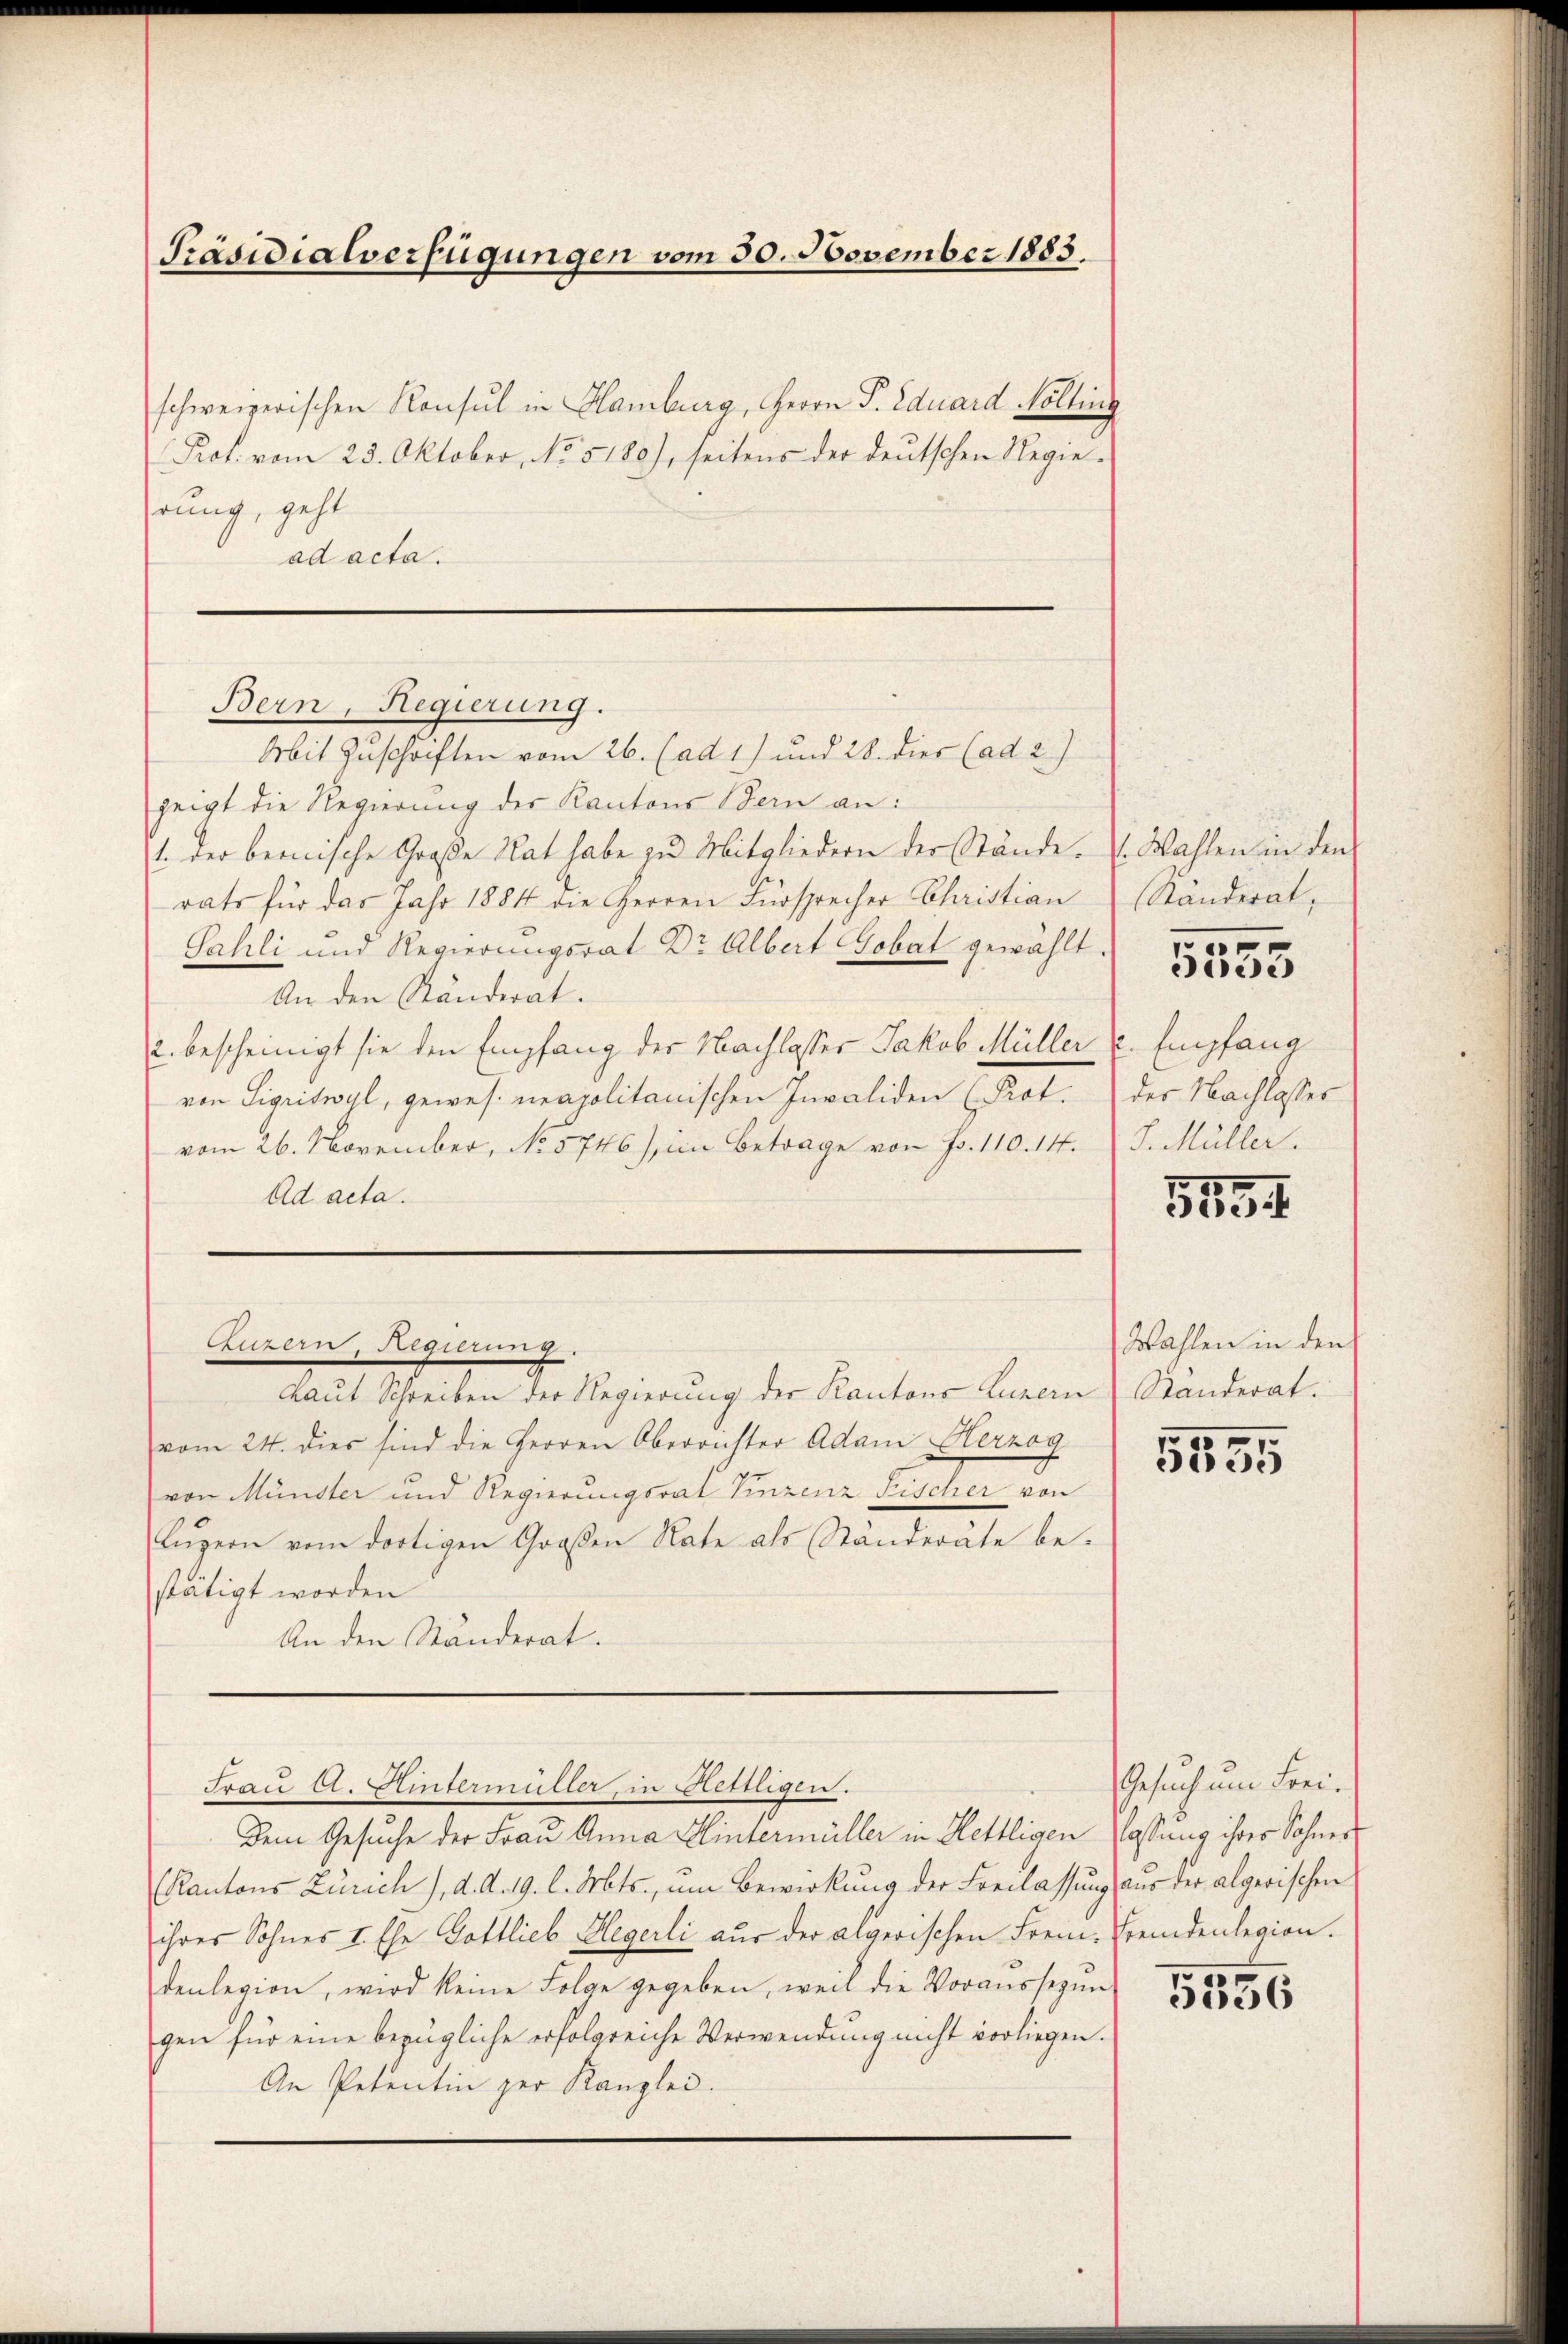
Präsidialverfügungen vom 30. November 1883.

schweizerischen Konsul in Hamburg, Herrn P. Eduard Nolling
Prof. vom 23. Oktober, No. 5180), seitens der deutschen Regierung, geht
ad acta.

Bern, Regierung.
Mit Zuschriften vom 26. (ad 1) und 28. dies (ad 2)

zeigt die Regierung der Kantons Bern an:
1. der bernische Große Rat habe zu Mitgliedern der Stände.
rats für das Jahr 1884 die Herren Fürsprecher Christian
Sahli und Regierungsrat Dr Albert Gobat gewählt.
An den Ränderat.
2. bescheinigt sie den Empfang der Nachlasser Jakob Müller u. Empfang
von Sigriswyl, gewes. neapolitanischen Invaliden (Prot.
vom 26. November, No 5746), im Betrage von Fr. 110. 14.
Ad acta.
Luzern, Sieglem
Laut Schreiben der Regierung der Kantons Luzern Standerat.
vom 24. dies sind die Herren Oberrichter Adam Herzog
von Münster und Regierungsrat Vinzenz Fischer von
Lŭzern vom dortigen Großen Note als Ständeräte be-
stätigt worden
An den Ständerat.

Frau A. Hintermüller, in Hettligen.
Dem Gesuche der Frau Anna Hintermüller in Hettligen lassung ihrer Sohnes

. Wahlen in den
Ränderat,

(Kantons Zürich), d. d. 19. l. Mts., um Bewirkung der Freilassung aus der algerischen
ihres Sohnes I. Ehe Gottlieb Hegerli aus der algerischen Frem-Fremdenlegion.
denlegion, wird keine Folge gegeben, weil die Voraŭssezŭn
gen für eine bezügliche erfolgreiche Verwendung nicht vorliegen.
An Petentin zur Kanzlei.

5353

der Nachlasser
J. Müller.

554

Wahlen in den

5555

Gesuch um Frei¬

5556